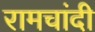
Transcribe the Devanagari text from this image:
रामचांदी